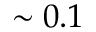
\sim 0 . 1